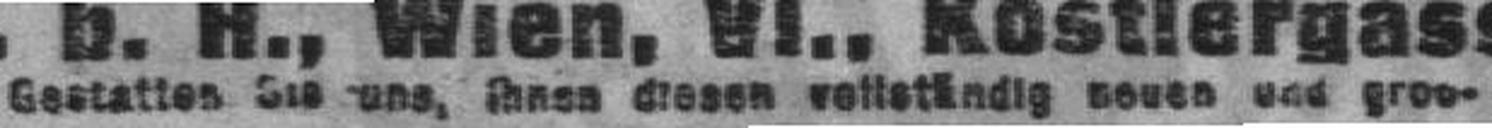
Gestattes Sie uns, ihnen diesen vollständig neuen und gros¬